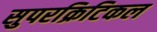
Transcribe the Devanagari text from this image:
सुपरक्रिटिकल